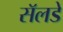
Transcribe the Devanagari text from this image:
सॅलडे